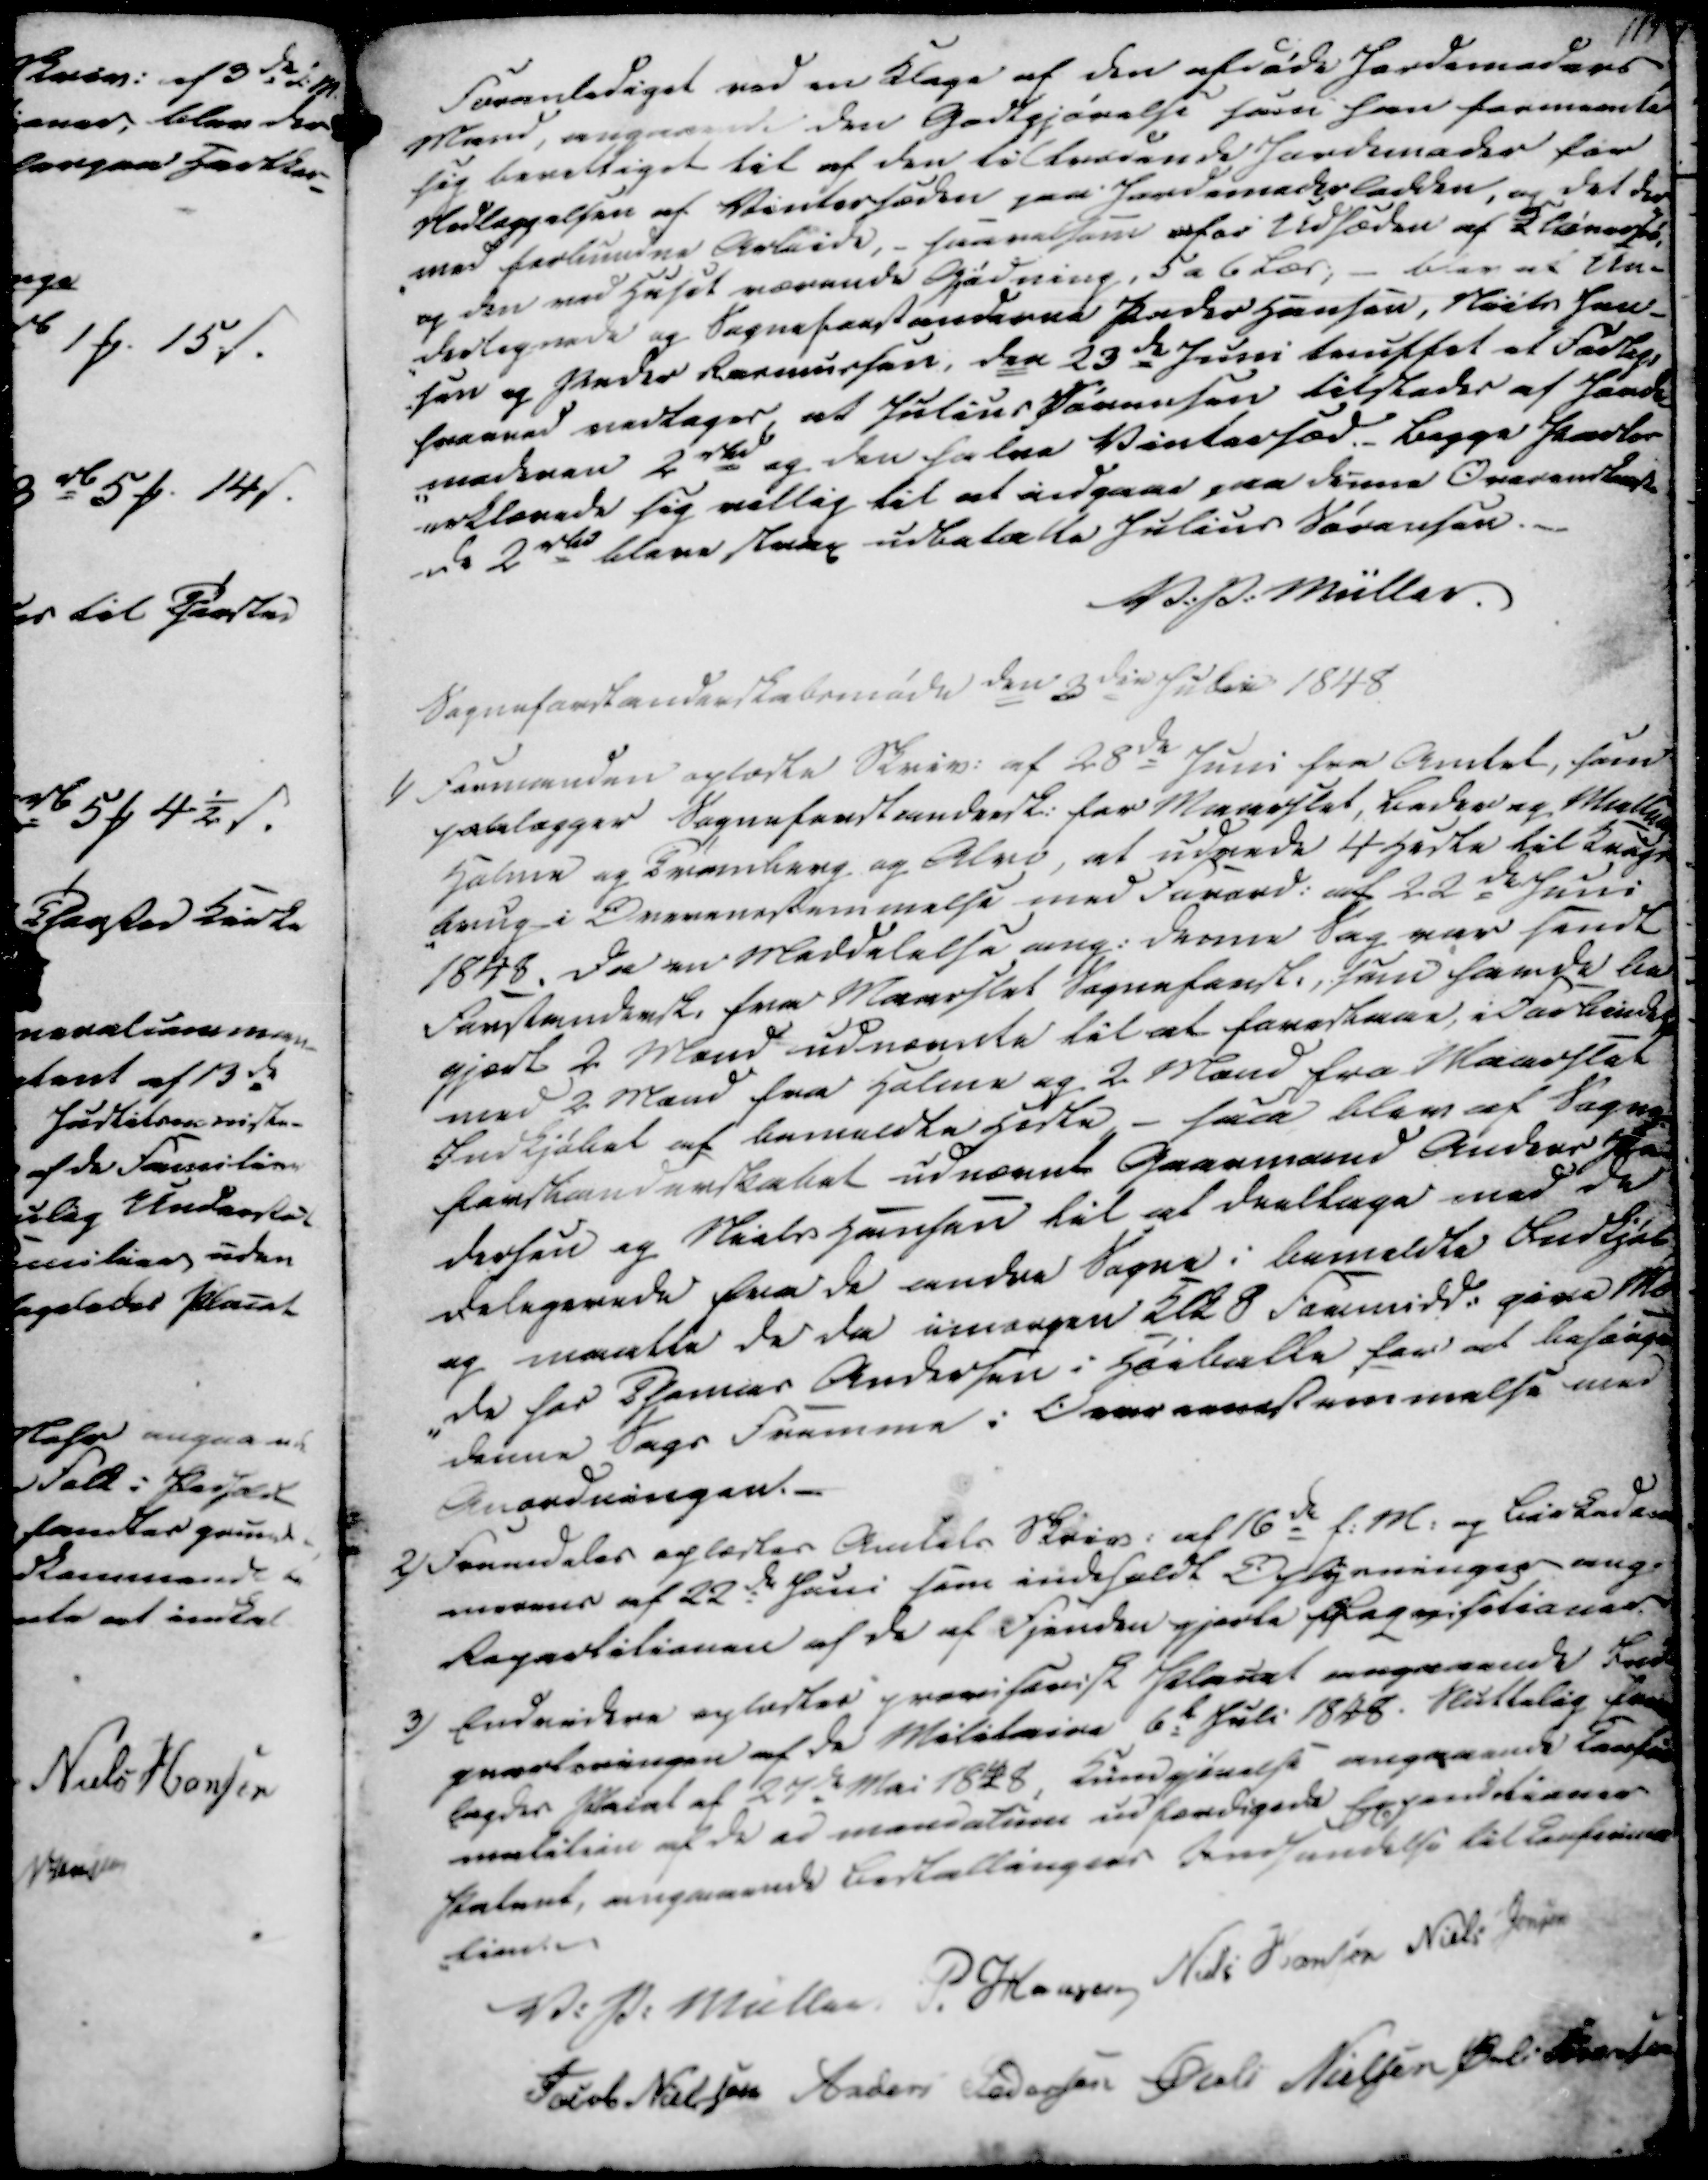
Transskription:
Foranlediget ved en Klage af den afdøde Jordemoders
Mand, angaaende den Godtgjørelse som han formeente
sig berettiget til af den tiltrædende Jordemoder for
Nedlæggelsen af Vintersæden paa Jordemoderlodden, og det der
-med forbundne Arbeide, - saavelsom for Udsæden af 2 lænesse
og den ved Huset værende Gjødning, 5 a 6 Læs; - blev af Un-
dertegnede og Sogneforstanderne Peder Hansen, Niels Jen-
-sen og Peder Rasmussen, den 23de Juni truffet et Forlig,
hvorved vedtages, at Julius Sørensen tilstedes af Jorde-
-moderen 2 rd og den halve Vintersæd. Begge Parter
erklærede sig villig til at indgaae paa denne Overenstesk
-de 2 rd bleve strax udbetalte Julius Sørensen.
V. P. Müller.
Sogneforstanderskabsmøde den 3die Julii 1848

1) Formanden oplæste Skriv. af 28de Juni fra Amtet, som
paalægger Sogneforstandersk. for Maarslet, Beder og Malling
Holme og Tramberg og Alrø, at udrede 4 heste til Krigs
-brug i Overenestemmelse med Forord. af 22de Juni
1848. Da en Meddelelse ang. denne Sag var sendt
Forstandersk. fra Maarslet Sogneforsk. som havde be
gjort 2 Mand udnævnte til at forestaae, i Forbindelse
med 2 Mand fra Holme og 2 Mand fra Maarslet
Indkjøbet af bemeldte Heste, - saa blev af Sogne-
forstanderskabet udnævnt Gaarmand Anders Pe
dersen og Niels Hansen til at deeltage med de
delegerede fra de andre Sogne i bemeldte Indkjøb
og maatte de da imorgen Klk 8 Formidd. give Mø
-de hos Tjemar Andersen i Høiballe for at besørge
denne Sags fremme i Overeenstemmelse med
Anordningen.

2) Fremdeles oplæstes Amtets Skriv. af 16de f.M. og Birkedom
merens af 22de Juni som indeholdt Oplysninger ang.
Repartitionen af de af Fjenden gjorte Reqvisationer.
3) Endvidere oplæstes provisorisk Placat angaaende Ind
qvarteringen af de Militaire 6te Juli 1848. sluttelig frem
-lagdes Placat af 27de Mai 1848, kundgjørelse angaaende Bensi
malition af de ad mandatum udfærdigede Expendtioner
Patent, angaaende bestallingers Indsendelse til Confire
-lind.
V. P: Müller
P. Hansen
Niels Hansen
Niels Jensen
Jacob Nielsen
Anders Pedersen
Øvli Nielsen
Øvli Sørensen